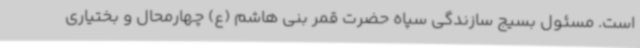
است. مسئول بسیج سازندگی سپاه حضرت قمر بنی هاشم (ع) چهارمحال و بختیاری